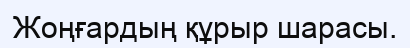
Жоңғардың құрыр шарасы.